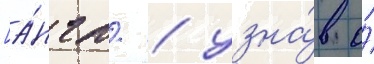
[а́нгл. / узна́в о́